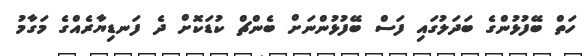
ހަތް ބޭފުޅުންގެ ބަދަލުގައި ފަސް ބޭފުޅުންނަށް ބެންޗް ކުޑަކޮށް ދެ ފަނޑިޔާރެއްގެ މަގާމު